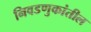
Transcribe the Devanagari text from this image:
निवडणुकांतील